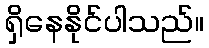
ရှိနေနိုင်ပါသည်။